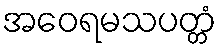
အဝေရမသပတ္တံ